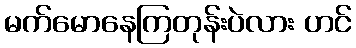
မက်မောနေကြတုန်းပဲလား ဟင်